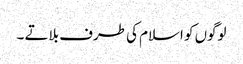
لوگوں کو اسلام کی طرف بلاتے ۔